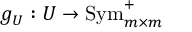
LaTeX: g _ { U } : U \to \operatorname { S y m } _ { m \times m } ^ { + }